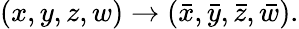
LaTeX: (x,y,z,w)\to(\bar{x},\bar{y},\bar{z},\bar{w}).